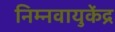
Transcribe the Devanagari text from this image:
निम्नवायुकेंद्र